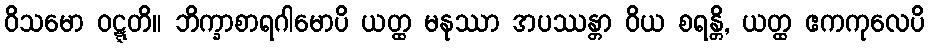
ဝိသမော ဝဋ္ဋတိ။ ဘိက္ခာစာရဂါမောပိ ယတ္ထ မနုဿာ အပဿန္တာ ဝိယ စရန္တိ, ယတ္ထ ဧကကုလေပိ